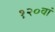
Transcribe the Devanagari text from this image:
१२०वां